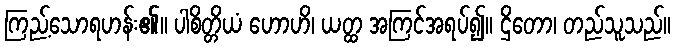
ကြည့်သောရဟန်း၏။ ပါစိတ္တိယံ ဟောဟိ၊ ယတ္ထ အကြင်အရပ်၍။ ဌိတော၊ တည်သူသည်။